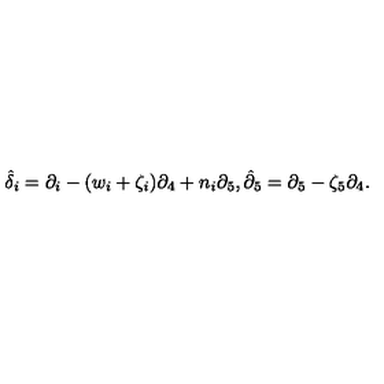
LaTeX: \hat { { \delta } } _ { i } = \partial _ { i } - ( w _ { i } + \zeta _ { i } ) \partial _ { 4 } + n _ { i } \partial _ { 5 } , \hat { { \partial } } _ { 5 } = \partial _ { 5 } - \zeta _ { 5 } \partial _ { 4 } .